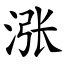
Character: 涨